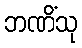
ဘဏိံသု